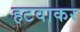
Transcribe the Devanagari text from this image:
हटवाकर